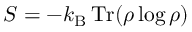
S = - k _ { \mathrm { B } } \operatorname { T r } ( \rho \log \rho )